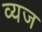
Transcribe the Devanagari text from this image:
व्यज